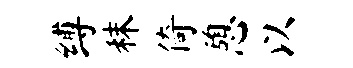
缚秣倚憩以